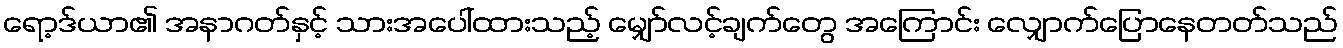
ရော့ဒ်ယာ၏ အနာဂတ်နှင့် သားအပေါ်ထားသည့် မျှော်လင့်ချက်တွေ အကြောင်း လျှောက်ပြောနေတတ်သည်